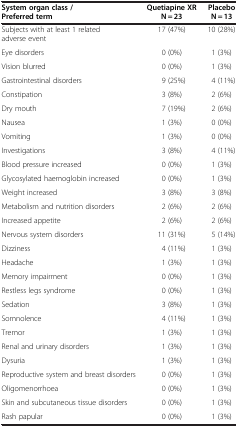
| System organ class /Preferredterm | Quetiapine XR N = 23 | Placebo N = 13 |
 | --- | --- | --- |
 | Subjects with at least 1 related adverse event | 17 (47%) | 10 (28%) |
 | Eye disorders | 0 (0%) | 1 (3%) |
 | Vision blurred | 0 (0%) | 1 (3%) |
 | Gastrointestinal disorders | 9 (25%) | 4 (11%) |
 | Constipation | 3 (8%) | 2 (6%) |
 | Dry mouth | 7 (19%) | 2 (6%) |
 | Nausea | 1 (3%) | 0 (0%) |
 | Vomiting | 1 (3%) | 0 (0%) |
 | Investigations | 3 (8%) | 4 (11%) |
 | Blood pressure increased | 0 (0%) | 1 (3%) |
 | Glycosylated haemoglobin increased | 0 (0%) | 1 (3%) |
 | Weight increased | 3 (8%) | 3 (8%) |
 | Metabolism and nutrition disorders | 2 (6%) | 2 (6%) |
 | Increased appetite | 2 (6%) | 2 (6%) |
 | Nervous system disorders | 11 (31%) | 5 (14%) |
 | Dizziness | 4 (11%) | 1 (3%) |
 | Headache | 1 (3%) | 1 (3%) |
 | Memory impairment | 0 (0%) | 1 (3%) |
 | Restless legs syndrome | 0 (0%) | 1 (3%) |
 | Sedation | 3 (8%) | 1 (3%) |
 | Somnolence | 4 (11%) | 1 (3%) |
 | Tremor | 1 (3%) | 1 (3%) |
 | Renal and urinary disorders | 1 (3%) | 1 (3%) |
 | Dysuria | 1 (3%) | 1 (3%) |
 | Reproductive system and breast disorders | 0 (0%) | 1 (3%) |
 | Oligomenorrhoea | 0 (0%) | 1 (3%) |
 | Skin and subcutaneous tissue disorders | 0 (0%) | 1 (3%) |
 | Rash papular | 0 (0%) | 1 (3%) |